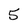
Character: 5